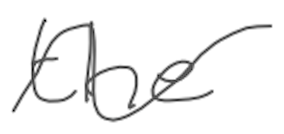
Text: the
Cross-out: wave
Writing tool: digital_gray